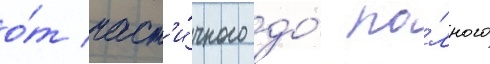
о́т част'и́чного до́ по́лного